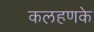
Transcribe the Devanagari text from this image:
कलहणके